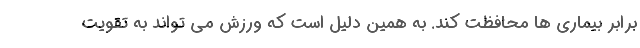
برابر بیماری ها محافظت کند. به همین دلیل است که ورزش می تواند به تقویت